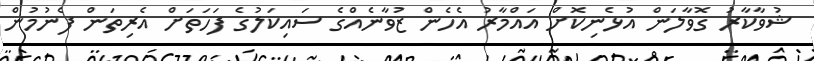
ޝުވާކާރު ގޮވާލަން އުޅެނިކޮށް އައްމާރު އެހެން ޒުވާނެއްގެ ސައިކަލުގެ ފަހަތަށް އެރިތަން ފެނުމުން